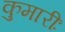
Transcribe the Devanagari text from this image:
कुमारीः